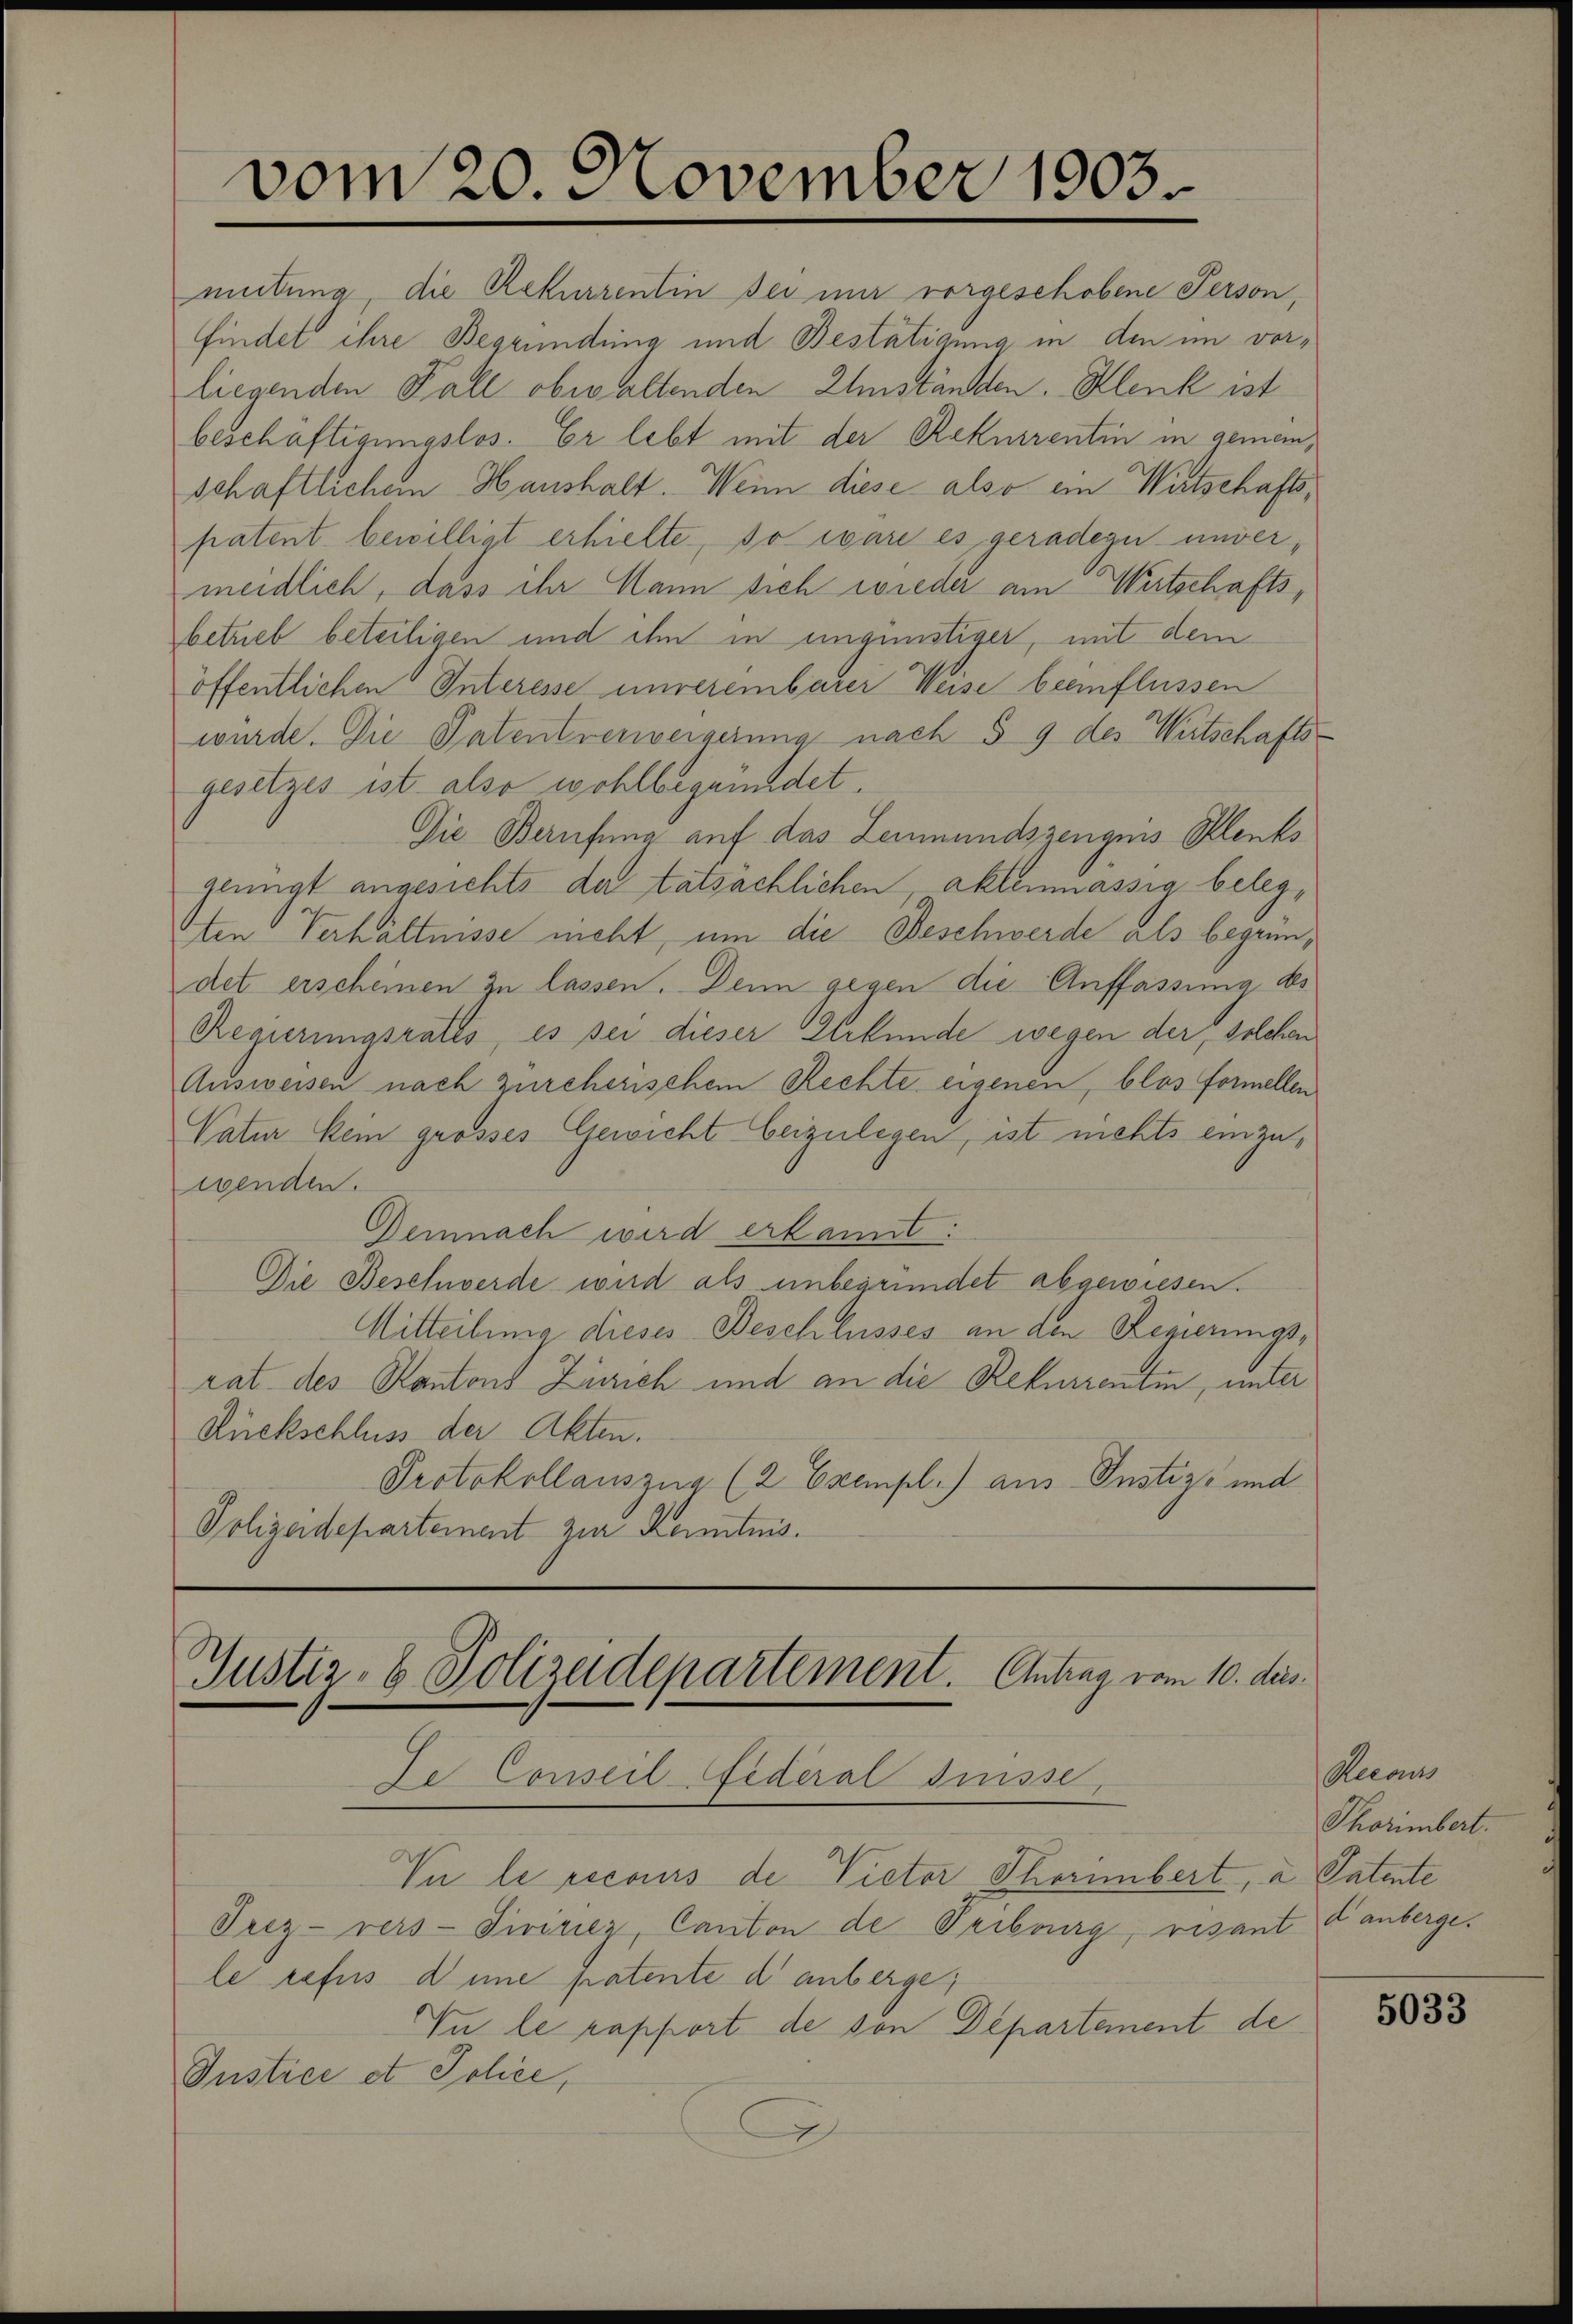
öffentlichen Interesse unvereinbarer Weise beeinflüssen
wurde. Die Patentrenvergerung nach § 9 des Wirtschafts-
gesetzes ist also wohlbegründet.
Die Berufung auf das Leumundszeugnis Klenks
genügt angesichts de tatsächlichen, aklemmassig belegten: Verhältnisse meht, um die Beschwerde als begründet erscheinen zu lassen. Denn gegen die Auffassung des
Regierungsrates, es sei dieser Urkunde wegen der, solchen
Ausweisen nach zürcherischem Rechte eigenen, blos formellen
Vatur kein grosses Gewicht beizulegen, ist nichts einzuwenden.
Demnach wird erkannt:
Die Beschwerde wird als unbegründet abgewiesen.
Mitteilung dieses Beschlusses an den Regierungsrat des Kantons Zürich und an die Rekurrentin, unter
Rückschluss der Akten.
Protokollauszug (2 Exempl.) aus Justiz- und
Polizeidepartement zur Kenntnis.

mitung, die Rekurrentin des mir vorgeschobene Person,
findet ihre Begründung und Bestätigung in den im vorliegenden Fall obwaltenden Umständen. Klenk ist
beschäftigungslos. Er lebt mit der Rekurrentin in gemeinschaftlichem Haushalt. Wein diese also ein Wirtschaftspatent bewilligt erhielte, so wäre es geradezu unvermeidlich, dass ihr Mann sich wieder am Wirtschaftsbetrieb beteiligen und ihn in ungünstiger, mit dem

vom 20. November 1903.

Justiz- & Polizeidepartement. Antrag vom 10. des
De Conseil Federal Suisse,
Vn le recours de Victor Thorimbert, a Patente

Prez-vers-Tiririez, Canton de Fribourg, visant

le refus d’une patente di anberge,
In le rapport de von Departement de
Justice et Police,
A

Meeauss
Thorimbert.
d anberge.

5033